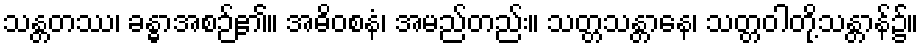
သန္တတဿ၊ ခန္ဓာအစဉ်၏။ အဓိဝစနံ၊ အမည်တည်း။ သတ္တသန္တာနေ၊ သတ္တဝါတို့သန္တာန်၌။